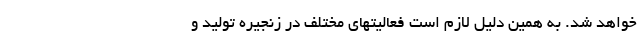
خواهد شد. به همین دلیل لازم است فعالیتهای مختلف در زنجیره تولید و